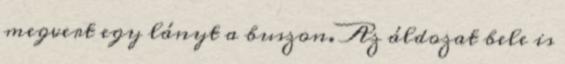
megvert egy lányt a buszon. Az áldozat bele is